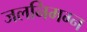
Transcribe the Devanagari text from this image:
जलनिमग्न